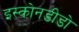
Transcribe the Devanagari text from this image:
इस्कोनडीडो